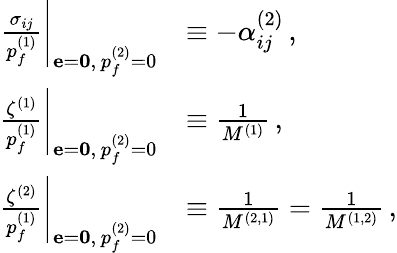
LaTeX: \begin{array}{rl}{\left.\frac{\sigma_{ij}}{p_{f}^{(1)}}\right|_{{\mathbf{e}=\mathbf{0}},\, p_{f}^{(2)}=0}}&{\equiv-\alpha_{ij}^{(2)}\, ,}\\ {\left.\frac{\zeta^{(1)}}{p_{f}^{(1)}}\right|_{{\mathbf{e}=\mathbf{0}},\, p_{f}^{(2)}=0}}&{\equiv\frac{1}{M^{(1)}}\, ,}\\ {\left.\frac{\zeta^{(2)}}{p_{f}^{(1)}}\right|_{{\mathbf{e}=\mathbf{0}},\, p_{f}^{(2)}=0}}&{\equiv\frac{1}{M^{(2,1)}}=\frac{1}{M^{(1,2)}}\, ,}\end{array}